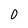
Character: 0